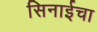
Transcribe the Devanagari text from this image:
सिनाईचा